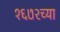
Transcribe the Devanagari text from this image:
१६७२च्या